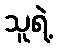
သူရဲ့